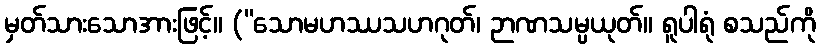
မှတ်သားသောအားဖြင့်။ (“သောမဟဿသဟဂုတ်၊ ဉာဏသမ္ပယုတ်။ ရူပါရုံ စသည်ကို